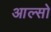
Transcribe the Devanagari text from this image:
आल्सो